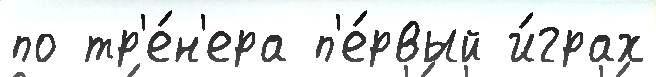
по тр'е́н'ера п'е́рвый и́грах